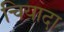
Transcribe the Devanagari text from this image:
चियादा